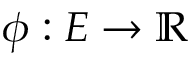
\phi : E \to \mathbb { R }